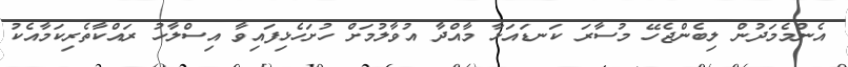
އެންމެމަދުން ލިބެންޖެހޭ މުސާރަ ކަނޑައަޅާ މާއްދާ އުވާލުމަށް ހުށަހެޅިފައިވާ އިސްލާހު ރައްކާތެރިކަމާއެކު